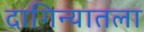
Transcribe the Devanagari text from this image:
दागिन्यातला